Leaving Certificate Examination, 1904
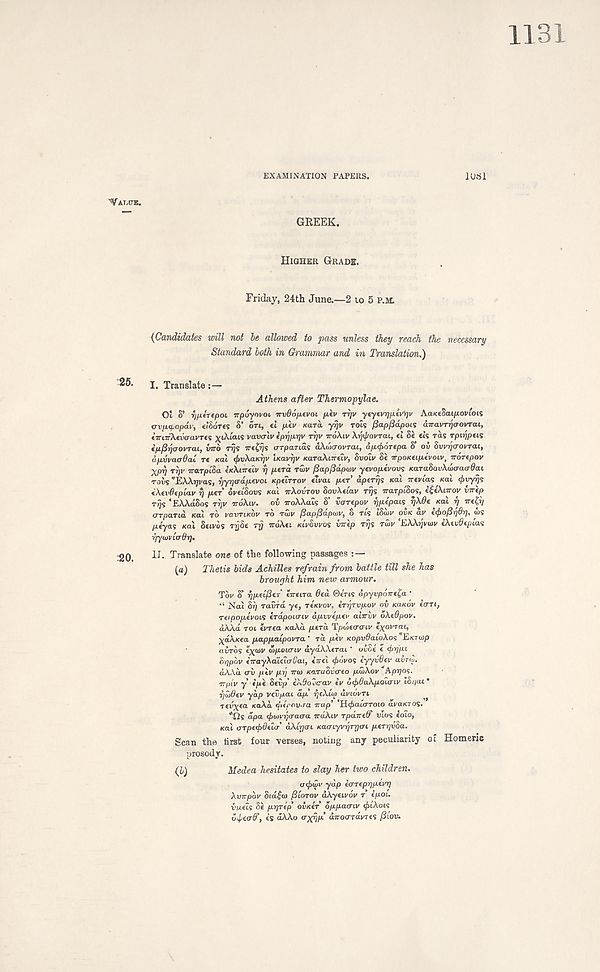
EXAMINATION PAPERS.
lUrfl
GREEK.
HIGHER GRADE.
Friday, 24th June.—2 to 5 P.M.
{Candidates will not be allowed to pass unless they reach the necessary
Standard loth in Grammar and in Translation.)
25.
i. Translate:—
Athens after Thermopylae.
Ol S’ r/fieTepoi irpoyovoi irvOo/ievoi filv rrjv ytyevrpj.fv’rjv AaKcSai/^oviois
wjupopav, etfiores 8’ on, el p.tv Kara yrjv rots fiapfidpois drravTrioovTcu,
tViTr'XevffavTes x^- tat 5 vavalv epfpj.r)v TT]V iroXiv Xiji/rovral, el Se els ras rpiypeis
epjSijaouraL, inro rrjs Tretfqs crrpa.Tids aXtocrovrai, dp<f>0Tepa S’ ou Svi/rjcrovrai,
ap.vvcurda.1 T€ KOI efavXaiKrjv iKavrjV KaraXiTrelv, Svdiv 8e irpontip.evoLv, irorepov
Xpfj Tyv irarplSa eKheirelv f) perd rwv (3o.p/3dpwv yevopevovs KaraSouXcoowflai
rovs "EXXrjvas, r/ypadpevoi Kpelrrov elvcu per’ dperrjs nai irevlas KOI <j>vyrjs
eXevOeplav rj per ovetSovs sal TTXOVTOV SovXetav TT)S varplSos, e$eXnrov in-ip
rrjs ‘EXXaSos rr/v vdXa/. ov noXXdis S’ varepov rjpepcus rjXOe ndi rj ire&j
(rrpaTid KCLI TO VOVTIKOV TO rwv {Sapfidpnrv, o rls ISon' OVK av e<j)of2r]6ri, ors
peyas real Beivos rySe rrj iroXei KIVSVVOS inip rrjs rdiv EXXrjvurv eXevdepias
rpfuivltrdrp
20.
II. Translate one of the following passages : —
(a)
Thetis bids Achilles refrain from battle till she has
brought him new armour.
Tw S’ rjpeCjier eneira 6ed ©eVis dpyvporrt^a •
“ Nai 8r; TaCra ye, renvov. errjrvpov ov KUKOV ecrn,
reipopevoLS erdpoLtriv dpvvepev abrvv oXedpov.
aXXa TOI evrea KaXd perd Tpaiecrcrtv exovrai,
ydXicea pappalpovra ’ rd pev KOpv&aloXos E/erajp
avros ex<vv ZrpoKTiv dyaXXerat' oiZe e ebrj’pi
Srjpdv eVayAa'ictcruai, e~et efidvos eyyvOev avrtu.
dX\d <TV piv prj nm nttritovareo ptdXov Appos.
rrpiv y ip e 8evp’ cX^oGcrav eV ufjiduXpoiiriv ioritu •
rfiOev yap vcvpai dp rjeXuit uvLovn
Tei’yea KOXO. tjierov-ra irap’ ‘H^aicrTOlo avaKTOS.
*Cls dpa (f}u)vft (raaa irdXiv rpdrred' vlos eoio,
KO.1 onpeebdela aXlycri KaaLyvfjTyeri peryvba.
Scan the tirst four verses, noting any peculiarity of Homeric
prosody.
{1)
Medea hesitates to slay her two children.
oefrtZv yap earepypevy
Xvnpdv Sid£(o filorov dXyeivov r epol.
vaels 8e pryrep oi/ceV oppaertv efriXois
oipterd’, t’s dXXo arxfp an oar dvr es ftiov.